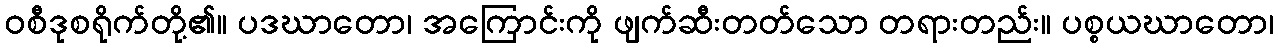
ဝစီဒုစရိုက်တို့၏။ ပဒဃာတော၊ အကြောင်းကို ဖျက်ဆီးတတ်သော တရားတည်း။ ပစ္စယဃာတော၊